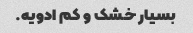
بسیار خشک و کم ادویه.